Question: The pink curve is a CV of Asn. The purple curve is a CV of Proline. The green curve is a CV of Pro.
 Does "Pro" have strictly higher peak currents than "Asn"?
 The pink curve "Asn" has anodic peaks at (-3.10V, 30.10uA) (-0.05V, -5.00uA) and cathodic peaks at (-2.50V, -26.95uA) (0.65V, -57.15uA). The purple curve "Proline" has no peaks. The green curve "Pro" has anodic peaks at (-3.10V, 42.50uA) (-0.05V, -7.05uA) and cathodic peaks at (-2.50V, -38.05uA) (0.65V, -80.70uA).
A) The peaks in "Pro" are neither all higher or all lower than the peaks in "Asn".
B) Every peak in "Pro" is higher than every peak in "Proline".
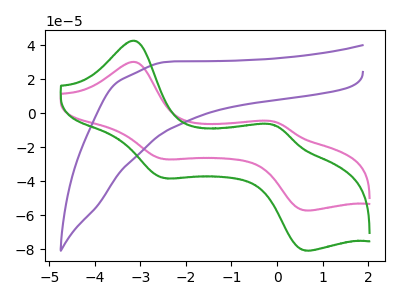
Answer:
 <answer>A) The peaks in "Pro" are neither all higher or all lower than the peaks in "Asn".</answer>
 <eval>A</eval>